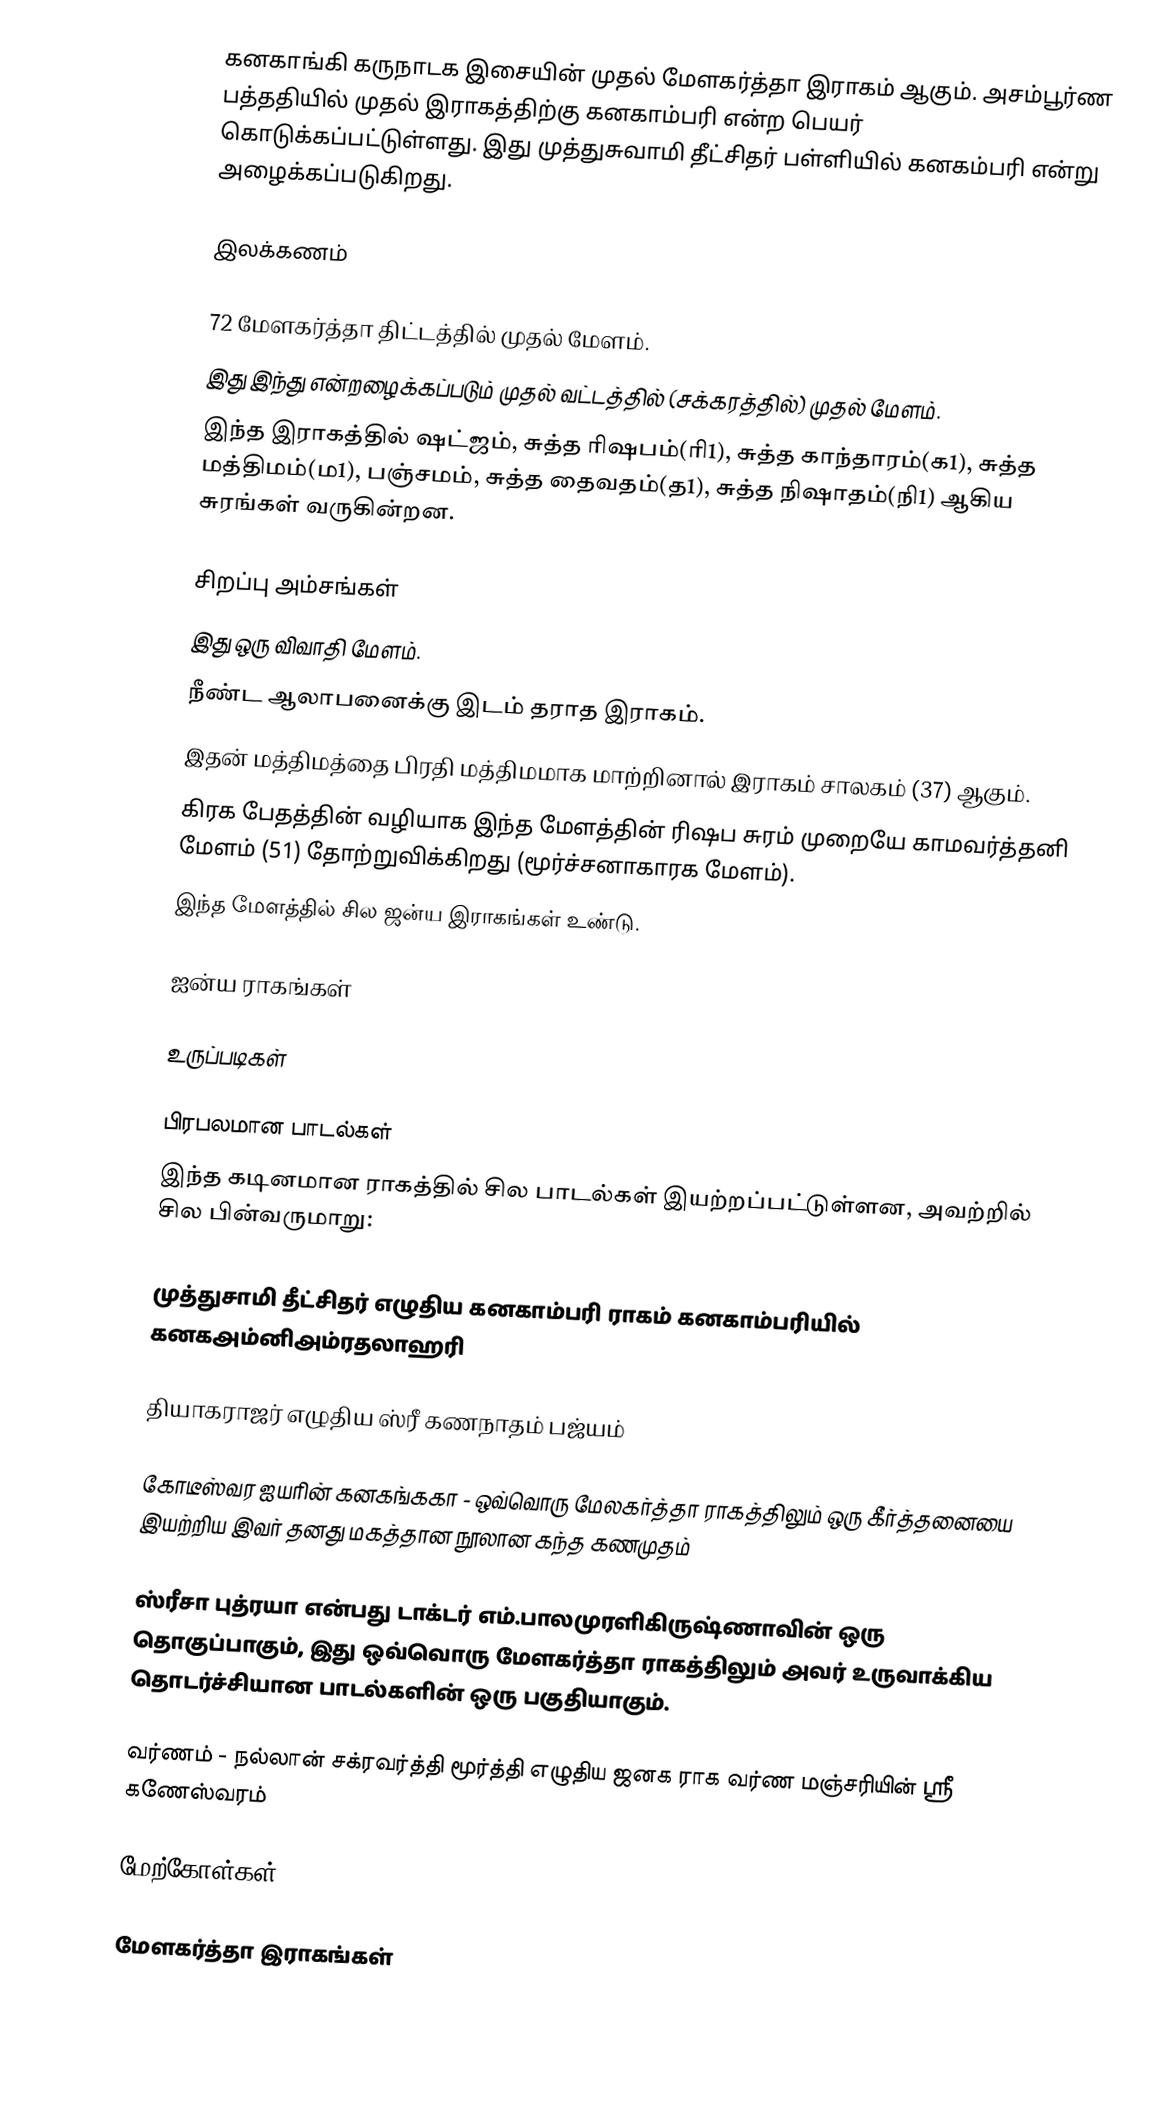
கனகாங்கி கருநாடக இசையின் முதல் மேளகர்த்தா இராகம் ஆகும். அசம்பூர்ண பத்ததியில் முதல் இராகத்திற்கு கனகாம்பரி என்ற பெயர் கொடுக்கப்பட்டுள்ளது.  இது முத்துசுவாமி தீட்சிதர் பள்ளியில் கனகம்பரி என்று அழைக்கப்படுகிறது.

இலக்கணம்

 72 மேளகர்த்தா திட்டத்தில் முதல் மேளம்.
 இது இந்து என்றழைக்கப்படும் முதல் வட்டத்தில் (சக்கரத்தில்) முதல் மேளம்.
 இந்த இராகத்தில் ஷட்ஜம், சுத்த ரிஷபம்(ரி1), சுத்த காந்தாரம்(க1), சுத்த மத்திமம்(ம1), பஞ்சமம், சுத்த தைவதம்(த1), சுத்த நிஷாதம்(நி1) ஆகிய சுரங்கள் வருகின்றன.

சிறப்பு அம்சங்கள்
 இது ஒரு விவாதி மேளம்.
 நீண்ட ஆலாபனைக்கு இடம் தராத இராகம்.
 இதன் மத்திமத்தை பிரதி மத்திமமாக மாற்றினால் இராகம் சாலகம் (37) ஆகும்.
 கிரக பேதத்தின் வழியாக இந்த மேளத்தின் ரிஷப சுரம் முறையே காமவர்த்தனி மேளம் (51) தோற்றுவிக்கிறது (மூர்ச்சனாகாரக மேளம்).
 இந்த மேளத்தில் சில ஜன்ய இராகங்கள் உண்டு.

ஐன்ய ராகங்கள்

உருப்படிகள்

பிரபலமான பாடல்கள்
இந்த கடினமான ராகத்தில் சில பாடல்கள் இயற்றப்பட்டுள்ளன, அவற்றில் சில பின்வருமாறு:

முத்துசாமி தீட்சிதர் எழுதிய கனகாம்பரி ராகம் கனகாம்பரியில் கனகஅம்னிஅம்ரதலாஹரி

தியாகராஜர் எழுதிய ஸ்ரீ கணநாதம் பஜ்யம்

கோடீஸ்வர ஐயரின் கனகங்ககா - ஒவ்வொரு மேலகர்த்தா ராகத்திலும் ஒரு கீர்த்தனையை இயற்றிய இவர் தனது மகத்தான நூலான கந்த கணமுதம்

ஸ்ரீசா புத்ரயா என்பது டாக்டர் எம்.பாலமுரளிகிருஷ்ணாவின் ஒரு தொகுப்பாகும், இது ஒவ்வொரு மேளகர்த்தா ராகத்திலும் அவர் உருவாக்கிய தொடர்ச்சியான பாடல்களின் ஒரு பகுதியாகும்.

வர்ணம் - நல்லான் சக்ரவர்த்தி மூர்த்தி எழுதிய ஜனக ராக வர்ண மஞ்சரியின் ஸ்ரீ கணேஸ்வரம்

மேற்கோள்கள்

மேளகர்த்தா இராகங்கள்